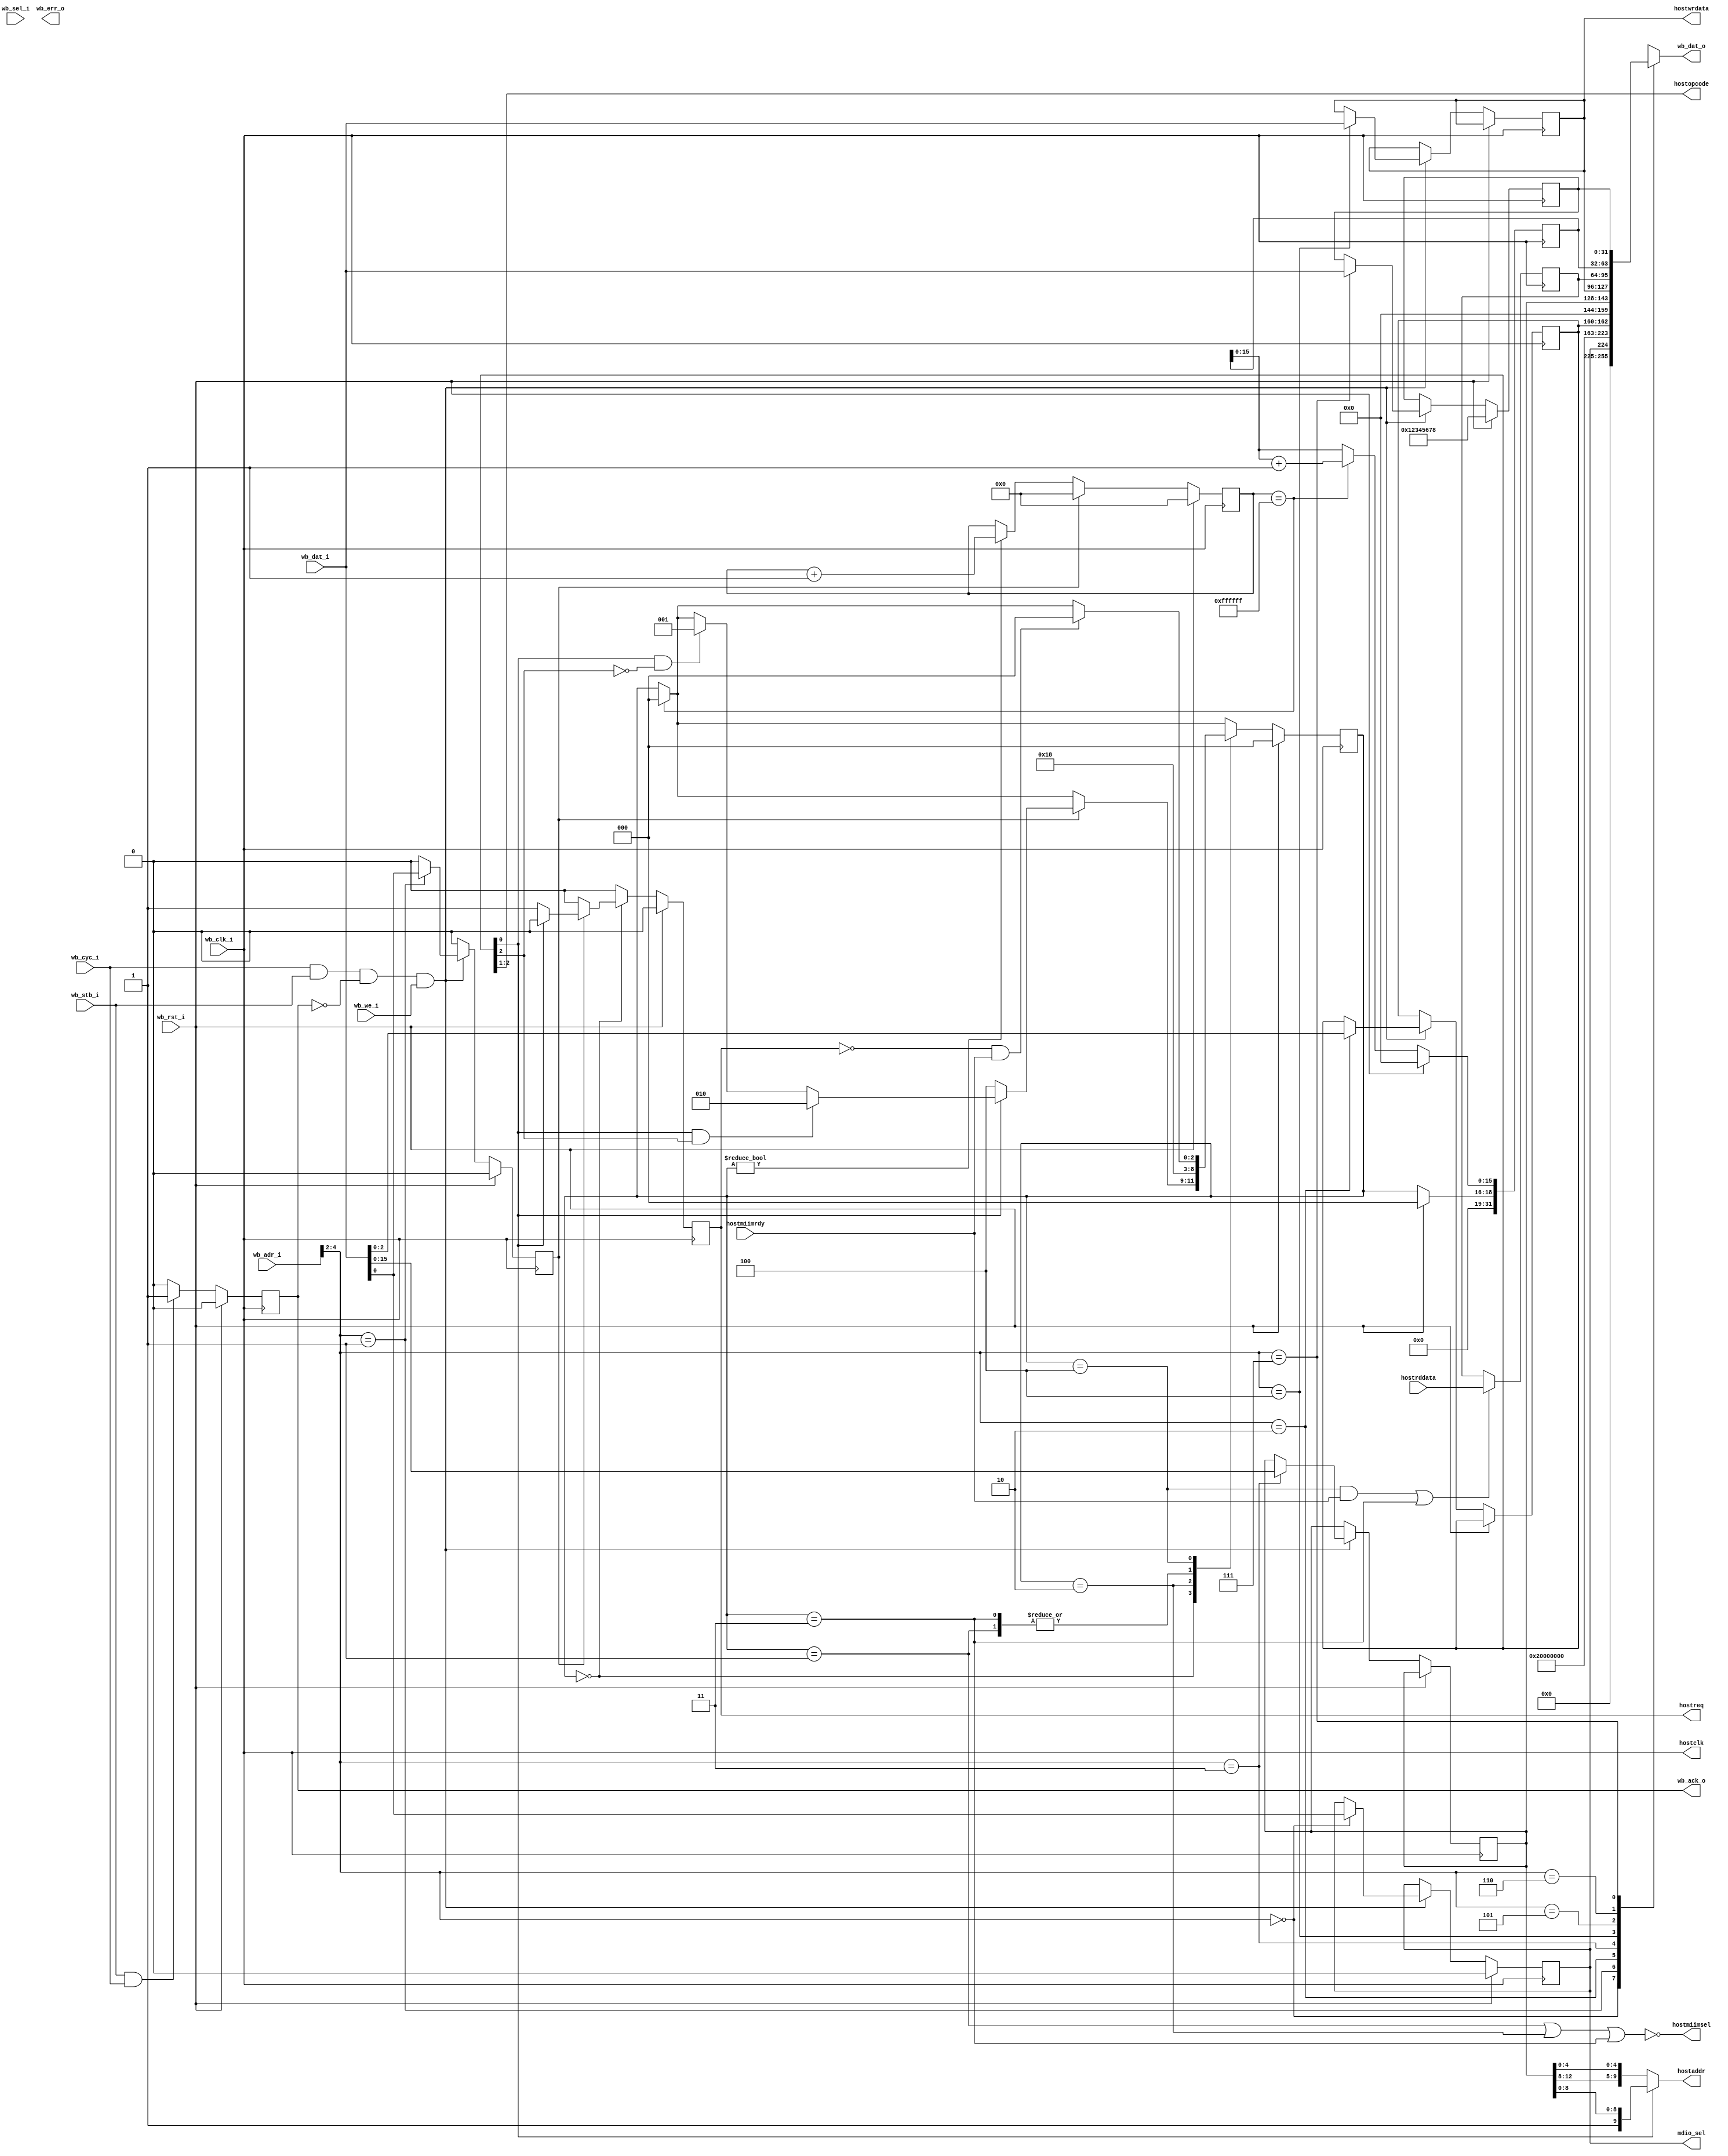
module emac_mdio_wb (
    input         wb_clk_i,
    input         wb_rst_i,
    input         wb_cyc_i,
    input         wb_stb_i,
    input         wb_we_i,
    input   [3:0] wb_sel_i,
    input  [31:0] wb_adr_i,
    input  [31:0] wb_dat_i,
    output [31:0] wb_dat_o,
    output        wb_ack_o,
    output        wb_err_o,

    output        hostclk,
    output  [1:0] hostopcode,
    output        hostreq,
    output        hostmiimsel,
    output  [9:0] hostaddr, 
    output [31:0] hostwrdata,
    input  [31:0] hostrddata,
    input         hostmiimrdy,
    output        mdio_sel
  );

  localparam REG_MDIOSEL  = 0;
  localparam REG_OPISSUE  = 1;
  localparam REG_OPTYPE   = 2;
  localparam REG_OPADDR   = 3;
  localparam REG_OPDATA   = 4;
  localparam REG_OPRESULT = 5;
  localparam REG_DEBUG    = 6;
  localparam REG_DEBUG1   = 7;

  reg wb_ack_o_reg;

  always @(posedge wb_clk_i) begin
    wb_ack_o_reg <= 1'b0;
    if (wb_rst_i) begin
    end else begin
      if (wb_stb_i & wb_cyc_i)
        wb_ack_o_reg <= 1'b1;
    end
  end
  assign wb_ack_o = wb_ack_o_reg;

  reg        mdio_sel_reg;
  reg [15:0] op_addr;
  reg [31:0] op_data;
  reg        op_target;
  reg  [2:0] op_type;
  reg        op_issue;
  reg [31:0] op_result;
  reg [31:0] debug;
  reg [31:0] sDbgVal;

  always @(posedge wb_clk_i) begin
    op_issue <= 1'b0;
    if (wb_rst_i) begin
        mdio_sel_reg <= 1'b0;
        sDbgVal <= 32'h12345678;
    end else if (wb_cyc_i && wb_stb_i && !wb_ack_o_reg && wb_we_i) begin
      case (wb_adr_i[4:2])
        REG_MDIOSEL: begin
          mdio_sel_reg <= wb_dat_i[0];
        end
        REG_OPISSUE: begin
          op_issue <= wb_dat_i[0];
        end
        REG_OPTYPE: begin
          op_type <= wb_dat_i[2:0];
        end
        REG_OPADDR: begin
          op_addr <= wb_dat_i[15:0];
        end
        REG_OPDATA: begin
          op_data <= wb_dat_i[31:0];
        end
        REG_DEBUG1: begin
          sDbgVal <= wb_dat_i[31:0];
        end
      endcase
    end
  end
  assign mdio_sel = mdio_sel_reg;

  reg [31:0] wb_dat_o_reg;
  always @(*) begin
    case (wb_adr_i[4:2])
      REG_MDIOSEL: begin
        wb_dat_o_reg <= {31'b0, mdio_sel_reg};
      end
      REG_OPISSUE: begin
        wb_dat_o_reg <= {31'b0, 1'b1}; // The katcp read back must read '1' after a write of '1' - but the value is auto-cleared by gateware
      end
      REG_OPTYPE: begin
        wb_dat_o_reg <= {29'b0, op_type};
      end
      REG_OPADDR: begin
        wb_dat_o_reg <= {16'b0, op_addr};
      end
      REG_OPDATA: begin
        wb_dat_o_reg <= op_data;
      end
      REG_OPRESULT: begin
        wb_dat_o_reg <= op_result;
      end
      REG_DEBUG: begin
        wb_dat_o_reg <= debug;
      end
      REG_DEBUG1: begin
        wb_dat_o_reg <= sDbgVal;
      end
      default: begin
        wb_dat_o_reg <= 32'b0;
      end
    endcase
  end
  assign wb_dat_o = wb_dat_o_reg;

  /*************** MDIO op logic ********************/

  localparam S_IDLE    = 0;
  localparam S_CONFWR  = 1;
  localparam S_CONFRD0 = 2;
  localparam S_CONFRD1 = 3;
  localparam S_MDIO    = 4;

  wire is_conf_reg = op_type[0];
  wire is_conf_rd  = op_type[2];

  reg [2:0] state;

  reg hostreq_reg;

  reg [23:0] timeout;

  always @(posedge wb_clk_i) begin
    hostreq_reg  <= 1'b0;

    if (state != S_IDLE)
      timeout <= timeout + 24'b1;

    if (op_issue)
      timeout <= 0;

    if (timeout == {24{1'b1}}) begin
      state <= S_IDLE;
      debug[15:0] <= debug[15:0] + 16'd1;
    end

    debug[31:16] <= {13'b0, state};

    if (wb_rst_i) begin
      state <= S_IDLE;
      timeout <= 24'b0;
      debug <= 32'b0;
    end else begin
      case (state) 
        S_IDLE: begin
          if (op_issue) begin
            if (is_conf_reg && !is_conf_rd) begin
              state <= S_CONFWR;
            end 
            if (is_conf_reg && is_conf_rd) begin
              state <= S_CONFRD0;
            end 
            if (!is_conf_reg) begin
              state <= S_MDIO;
              hostreq_reg <= 1'b1;
            end 
          end
        end
        S_CONFWR: begin
          state <= S_IDLE;
        end
        S_CONFRD0: begin
          state <= S_CONFRD1;
        end
        S_CONFRD1: begin
          state <= S_IDLE;
        end
        S_MDIO: begin
          if (!hostreq_reg && hostmiimrdy) begin
            state <= S_IDLE;
          end
        end
      endcase
    end
  end
  
  always @(posedge wb_clk_i) begin
    if ((state == S_MDIO && hostmiimrdy) ||
        (state == S_CONFRD1)) begin
      op_result <= hostrddata;
    end
  end

  assign hostclk     = wb_clk_i;
  assign hostreq     = hostreq_reg;
  assign hostmiimsel = !(state == S_CONFWR || state == S_CONFRD0 || state == S_CONFRD1);
  /* always set the top bit to enable config access, bit unused for mdio */
  assign hostaddr    = is_conf_reg ? {1'b1, op_addr[8:0]} : {op_addr[12:8], op_addr[4:0]};
  assign hostwrdata  = op_data;
  assign hostopcode  = op_type[2:1];

endmodule